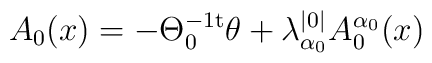
A_0(x)=-\Theta_0^{-1\rm{t}}\theta+\lambda_{\alpha_0}^{|0|}A_0^{\alpha_0}(x)